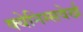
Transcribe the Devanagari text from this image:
क्येनिग्सवेर्ख